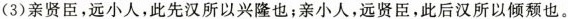
(3)亲贤臣，远小人，此先汉所以兴隆也；亲小人，远贤臣，此后汉所以倾颓也。